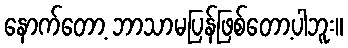
နောက်တော့ ဘာသာမပြန်ဖြစ်တော့ပါဘူး။